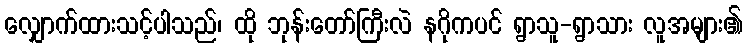
လျှောက်ထားသင့်ပါသည်၊ ထို ဘုန်းတော်ကြီးလဲ နဂိုကပင် ရွာသူ-ရွာသား လူအများ၏